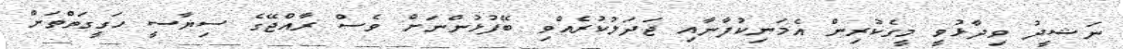
ނަޝީދު ވިދާޅުވީ މީގެކުރިން އެމަނިކުފާނާއި ޖަދަލުކުރެއްވި ބޭފުޅުންނަށް ވެސް ރާއްޖޭގެ ސިޔާސީ ހަގީގަތްތަށް